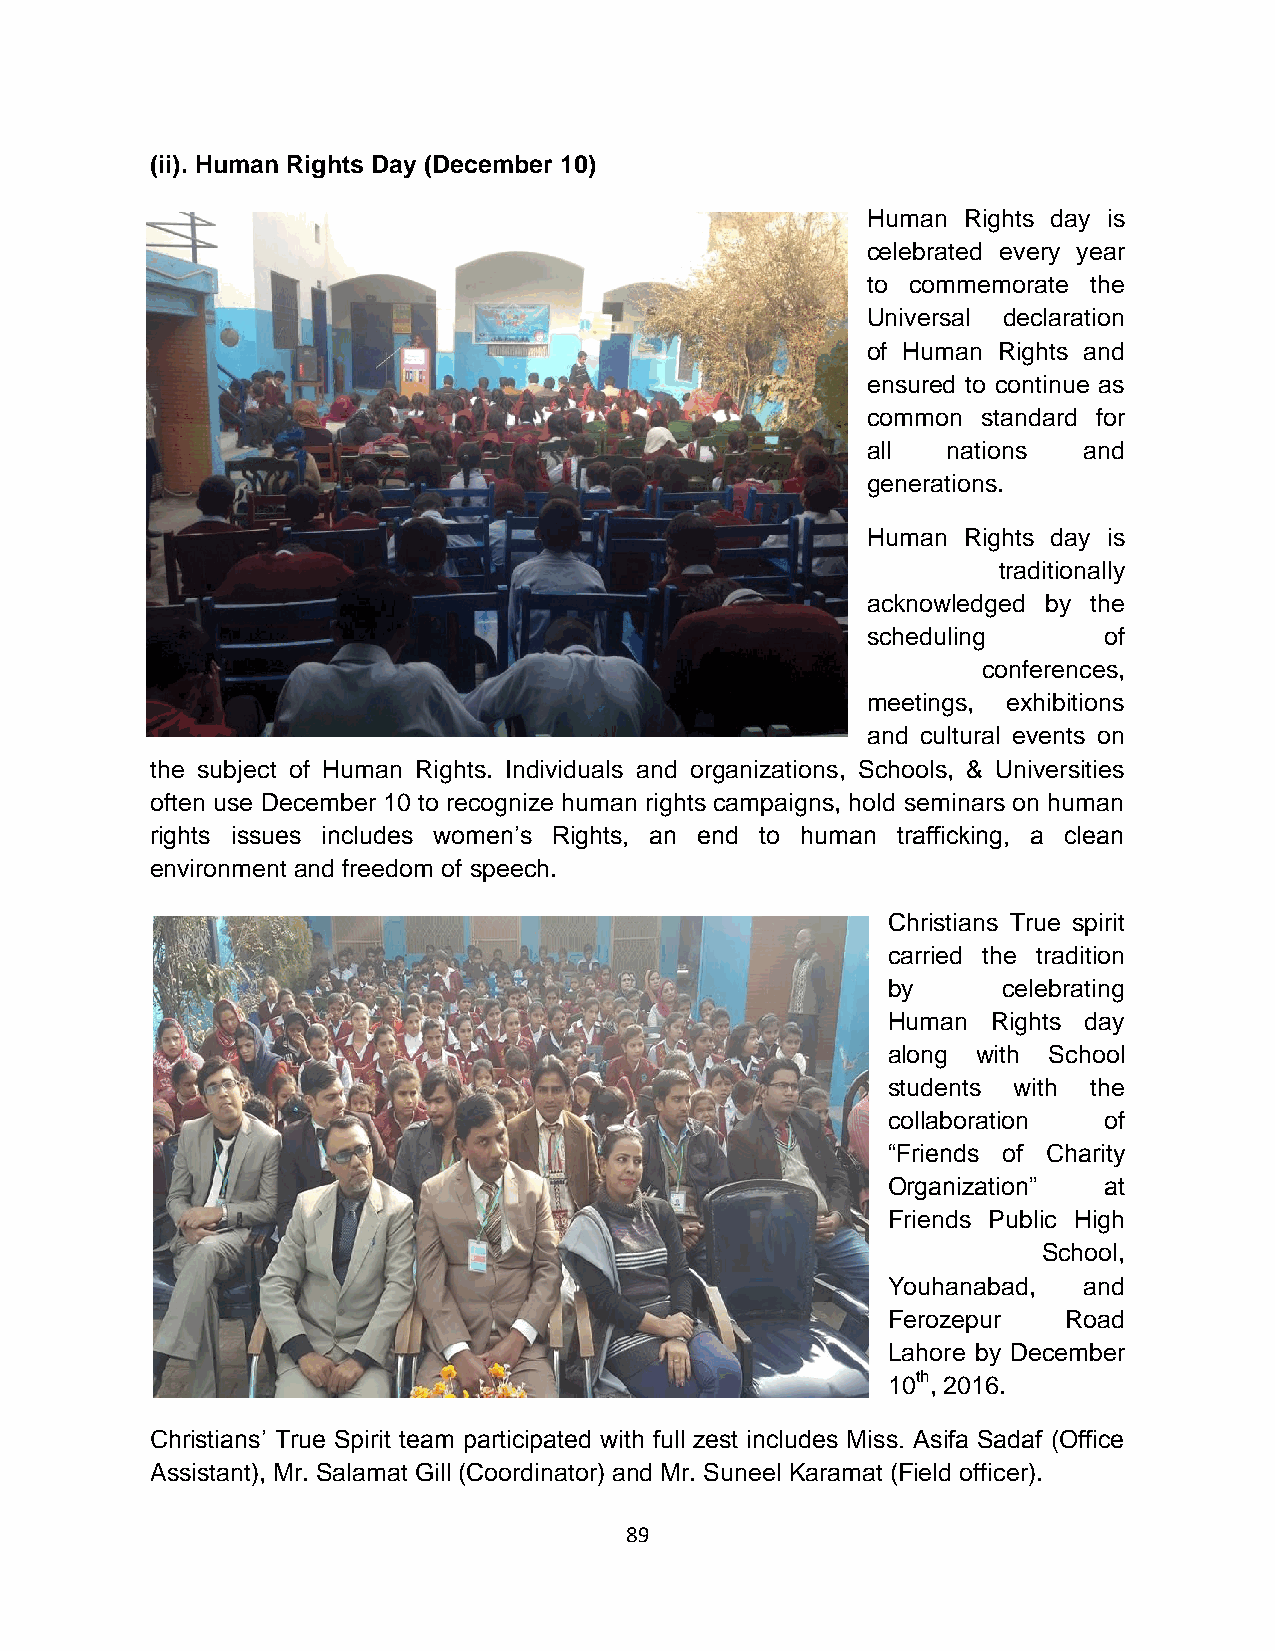
(ii). Human Rights Day (December 10)
 Human  Rights day is
 celebrated every year
 to commemorate the
 Universal declaration
 of Human Rights and
 ensured to continue as
 common  standard for
 all   nations  and
 generations.
 Human  Rights day is
 traditionally
 acknowledged by the
 scheduling      of
 conferences,
 meetings, exhibitions
 and cultural events on
 the subject of Human Rights. Individuals and organizations, Schools, & Universities
 often use December 10 to recognize human rights campaigns, hold seminars on human
 rights issues includes women’s Rights, an end to human trafficking, a clean
 environment and freedom of speech.
 Christians True spirit
 carried the tradition
 by     celebrating
 Human  Rights day
 along with School
 students with the
 collaboration of
 “Friends of Charity
 Organization” at
 Friends Public High
 School,
 Youhanabad,  and
 Ferozepur   Road
 Lahore by December
 10th, 2016.
 Christians’ True Spirit team participated with full zest includes Miss. Asifa Sadaf (Office
 Assistant), Mr. Salamat Gill (Coordinator) and Mr. Suneel Karamat (Field officer).
 89